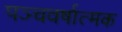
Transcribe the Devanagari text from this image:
पञ्चवर्षात्मक